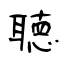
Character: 聴